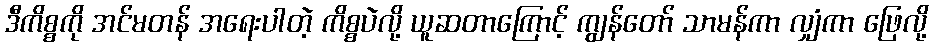
ဒီကိစ္စကို အင်မတန် အရေးပါတဲ့ ကိစ္စပဲလို့ ယူဆတာကြောင့် ကျွန်တော် သာမန်ကာ လျှံကာ ဖြေလို့